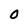
Character: O